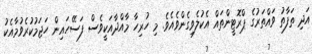
އަދި ތަފާތު ވައްްތަރުގެ ޕްރޮޓީންތައް އެކުލެވިގެންވެއެވެ. މި ހުރިހާ މާއްދާއަކީވެސް ފަސޭހައިން ހަޖަމުކުރެވުމާއެކު